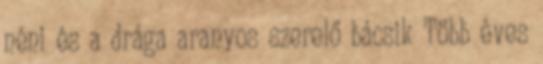
néni és a drága aranyos szerelő bácsik Több éves